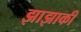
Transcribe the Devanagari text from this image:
झाझाकी